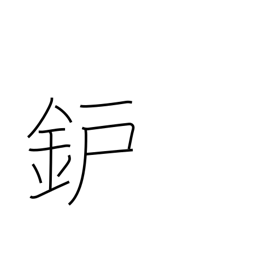
Meaning: hearth